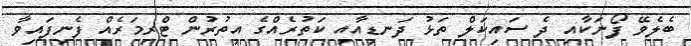
ބެލެވޭ ފޯނަކާއި ދެ ސައިކަލް ތަޅު ދަނޑިއާއި ކަތުރެއްގެ އިތުރުން ޓްރިމަރެއް ފެނިފައިވާ